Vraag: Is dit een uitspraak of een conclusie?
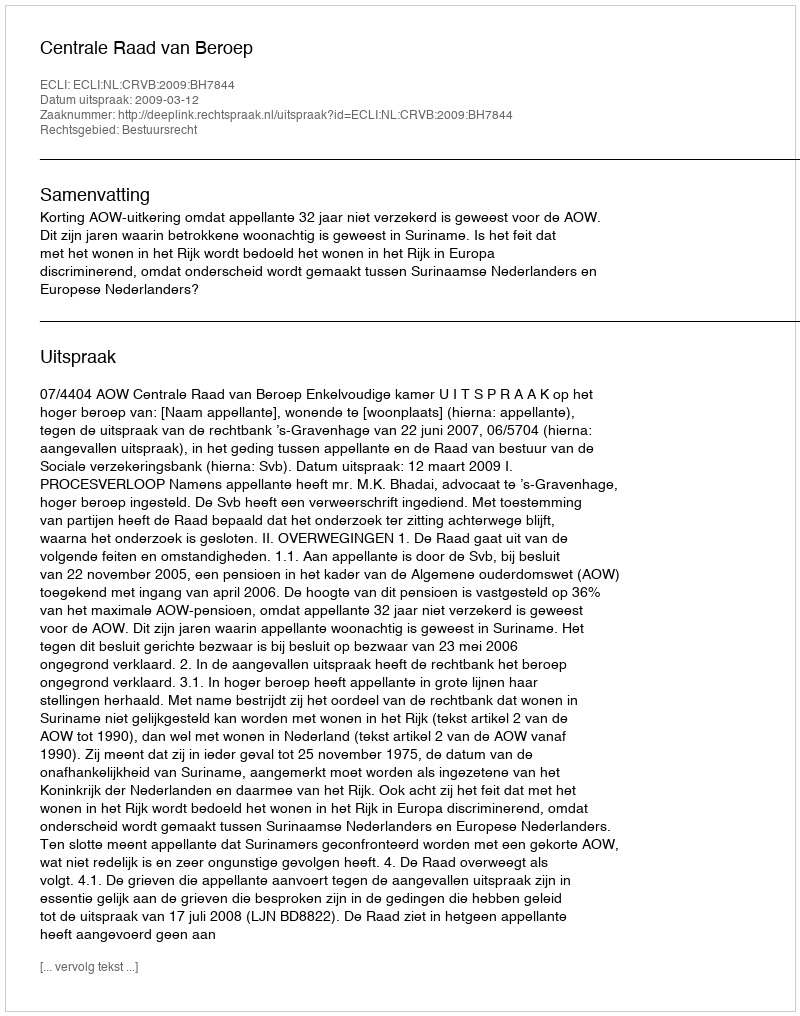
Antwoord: Uitspraak